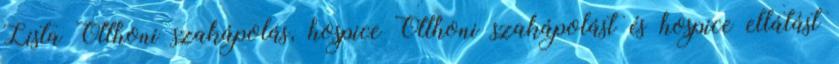
Lista Otthoni szakápolás, hospice Otthoni szakápolást és hospice ellátást